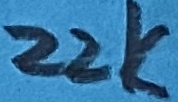
Text: 22K